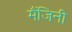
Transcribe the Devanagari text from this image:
मैंजिनी